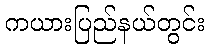
ကယားပြည်နယ်တွင်း